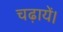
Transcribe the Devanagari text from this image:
चढ़ायें।